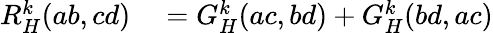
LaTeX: \begin{array}{rl}{R_{H}^{k}(ab,cd)}&{{}=G_{H}^{k}(ac,bd)+G_{H}^{k}(bd,ac)}\end{array}